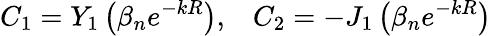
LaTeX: C_{1}=Y_{1}\left(\beta_{n}e^{-kR}\right),\; \; \; C_{2}=-J_{1}\left(\beta_{n}e^{-kR}\right)